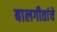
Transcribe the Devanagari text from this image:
बालगीतांचे